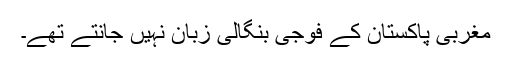
مغربی پاکستان کے فوجی بنگالی زبان نہیں جانتے تھے۔